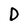
Character: D